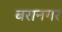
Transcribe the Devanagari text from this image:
बरानगर